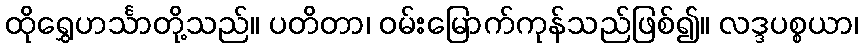
ထိုရွှေဟင်္သာတို့သည်။ ပတိတာ၊ ဝမ်းမြောက်ကုန်သည်ဖြစ်၍။ လဒ္ဒပစ္စယာ၊